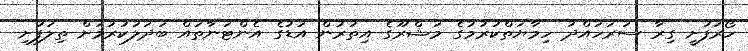
ހޯރަފުށީ ގިރާ ސަރަހައްދު ހިމާޔަތްކުރުމުގެ މަޝްރޫގެ އިތުރުން އަޑުގެ އެންޓަނާތައް ބަދަލުކުރުމަށް ތިލަފުށި